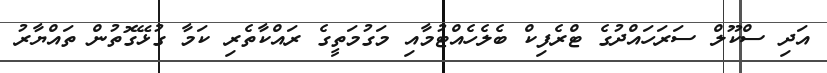
އަދި ސްކޫލް ސަރަހައްދުގެ ޓްރެފިކް ބެލެހެއްޓުމާއި މަގުމަތީގެ ރައްކާތެރި ކަމާ ގުޅޭގޮތުން ތައްޔާރު